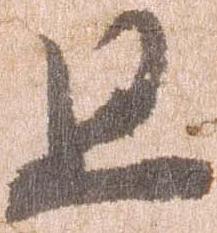
且